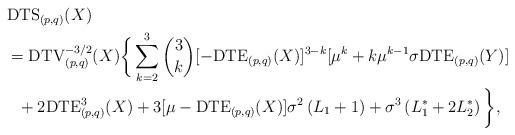
LaTeX: \begin{align*} &\mathrm{DTS}_{(p,q)}(X)\\ &=\mathrm{DTV}_{(p,q)}^{-3/2}(X)\bigg\{\sum_{k=2}^{3}\binom{3}{k}[-\mathrm{DTE}_{(p,q)}(X)]^{3-k}[\mu^{k}+k\mu^{k-1}\sigma\mathrm{DTE}_{(p,q)}(Y)]\\ &~~+2\mathrm{DTE}_{(p,q)}^{3}(X)+3[\mu-\mathrm{DTE}_{(p,q)}(X)]\sigma^{2}\left(L_{1}+1\right)+\sigma^{3}\left(L_{1}^{\ast}+2L_{2}^{\ast}\right)\bigg\},\end{align*}